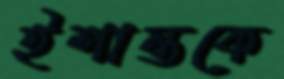
ইশান্তকে